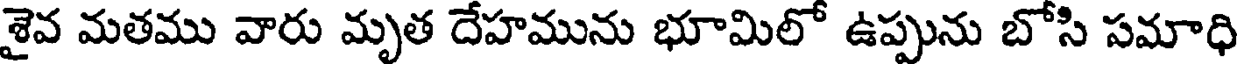
శైవ మతము వారు మృత దేహమును భూమిలో ఉప్పును బోసి సమాధి